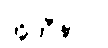
အိုကီနာဝါ